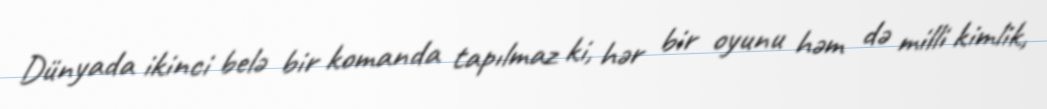
Dünyada ikinci belə bir komanda tapılmaz ki, hər bir oyunu həm də milli kimlik,